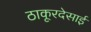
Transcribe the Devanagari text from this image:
ठाकूरदेसाई